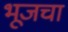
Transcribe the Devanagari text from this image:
भूजचा